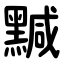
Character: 黬